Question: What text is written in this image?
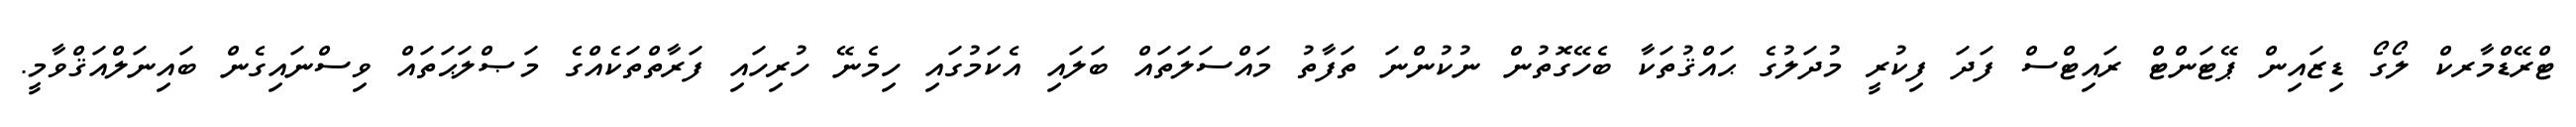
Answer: ޓްރޭޑްމާރކް ލޯގޯ ޑިޒައިން ޕޭޓަންޓް ރައިޓްސް ފަދަ ފިކުރީ މުދަލުގެ ޙައްޤުތަކާ ބެހޭގޮތުން ނުކުންނަ ތަފާތު މައްސަލަތައް ބަލައި އެކަމުގައި ހިމެނޭ ހުރިހައި ފަރާތްތަކެއްގެ މަޞްލަޙަތައް ވިސްނައިގެން ބައިނަލްއަޤްވާމީ.